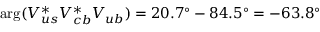
\arg ( V _ { u s } ^ { * } V _ { c b } ^ { * } V _ { u b } ) = 2 0 . 7 ^ { \circ } - 8 4 . 5 ^ { \circ } = - 6 3 . 8 ^ { \circ }